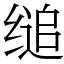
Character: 缒